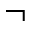
\neg